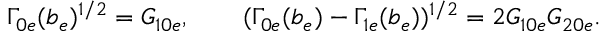
\Gamma _ { 0 e } ( b _ { e } ) ^ { 1 / 2 } = G _ { 1 0 e } , \qquad ( \Gamma _ { 0 e } ( b _ { e } ) - \Gamma _ { 1 e } ( b _ { e } ) ) ^ { 1 / 2 } = 2 G _ { 1 0 e } G _ { 2 0 e } .